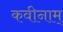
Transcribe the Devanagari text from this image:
कवीनाम्